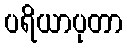
ပရိယာပုတာ